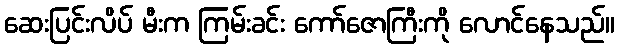
ဆေးပြင်းလိပ် မီးက ကြမ်းခင်း ကော်ဇောကြီးကို လောင်နေသည်။